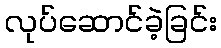
လုပ်ဆောင်ခဲ့ခြင်း